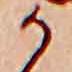
か